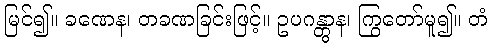
မြင်၍။ ခဏေန၊ တခဏခြင်းဖြင့်။ ဥပဂန္တွာန၊ ကြွတော်မူ၍။ တံ